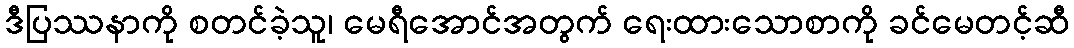
ဒီပြဿနာကို စတင်ခဲ့သူ၊ မေရီအောင်အတွက် ရေးထားသောစာကို ခင်မေတင့်ဆီ